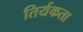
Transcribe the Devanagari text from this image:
तिर्यकता